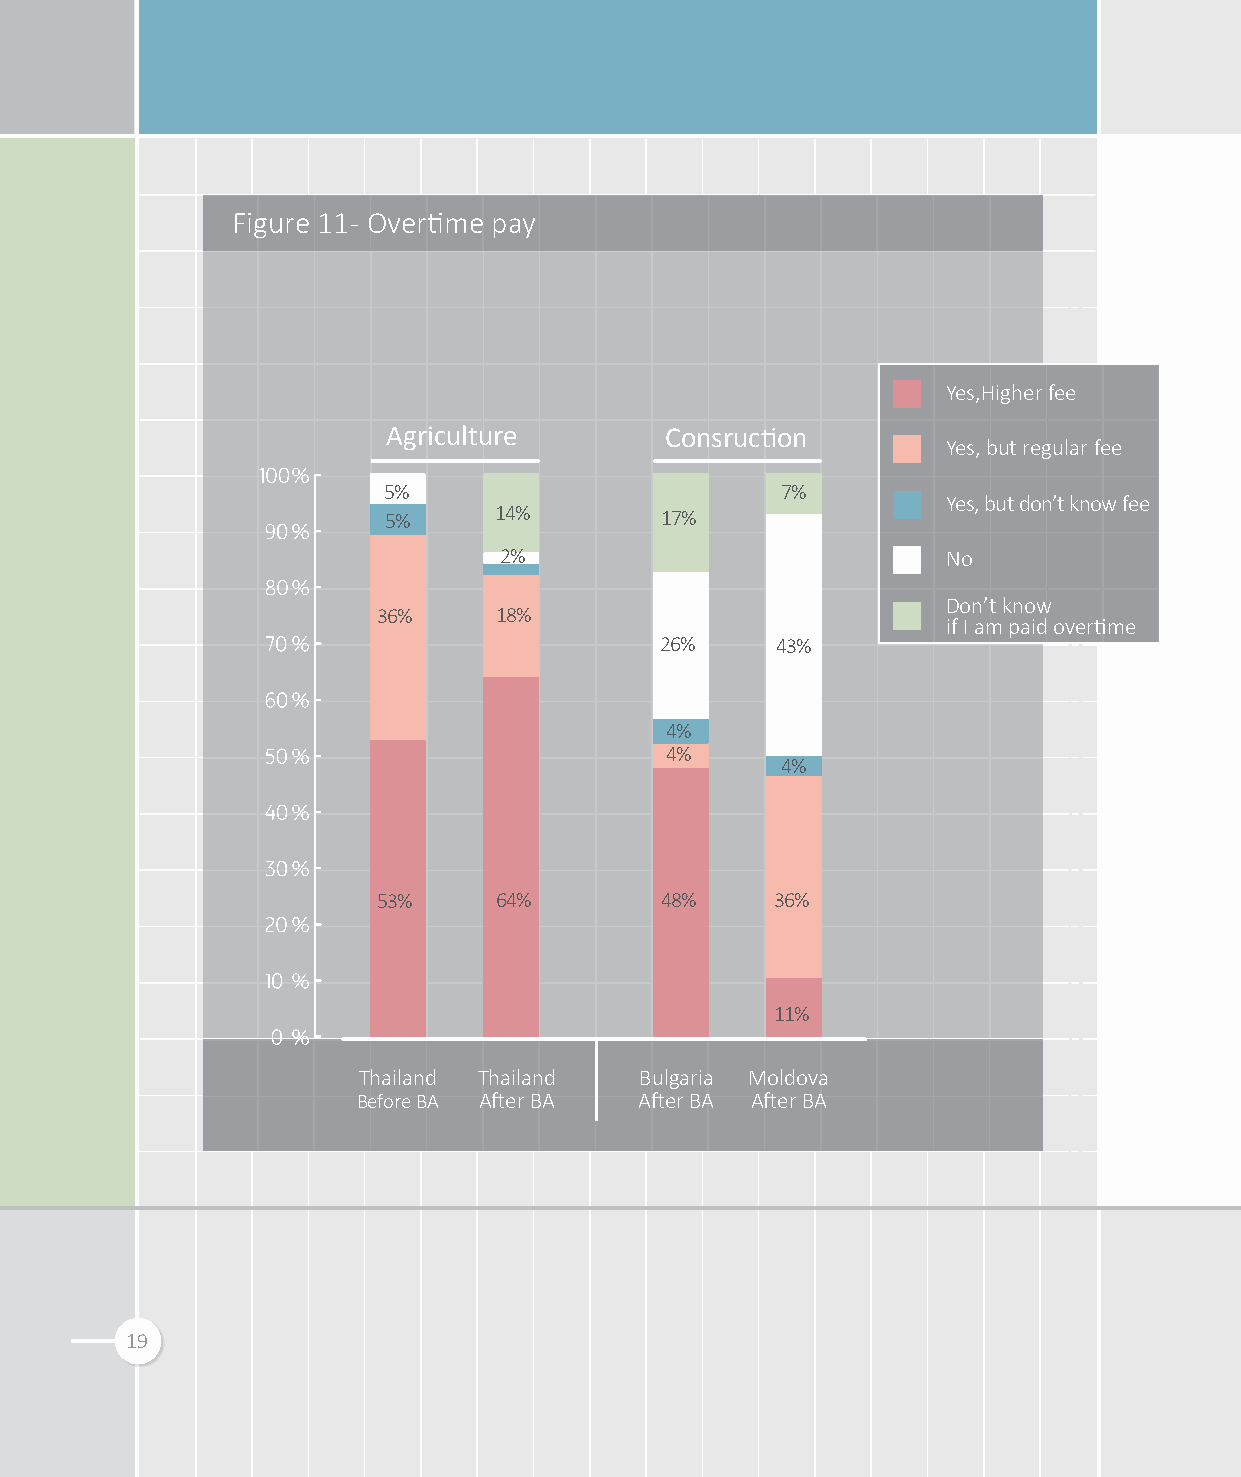
Figure 11 - Overtime pay
 Yes,Higher fee
 Agriculture       Consruction
 Yes, but regular fee
 5%                         7%
 Yes, but don’t know fee
 5%      14%        17%
 2%                            No
 Don’t know
 36%     18%
 if I am paid overtime
 26%    43%
 4%
 4%
 4%
 53%     64%        48%    36%
 11%
 Thailand Thailand Bulgaria Moldova
 Before BA After BA After BA After BA
 19